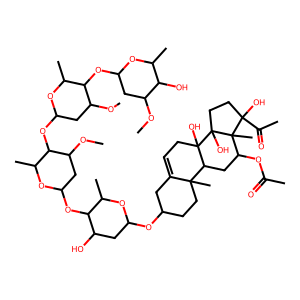
SMILES: COC1CC(OC2C(C)OC(OC3C(C)OC(OC4C(O)CC(OC5CCC6(C)C(=CCC7(O)C6CC(OC(C)=O)C6(C)C(O)(C(C)=O)CCC76O)C5)OC4C)CC3OC)CC2OC)OC(C)C1O
Inhibits HIV replication: No